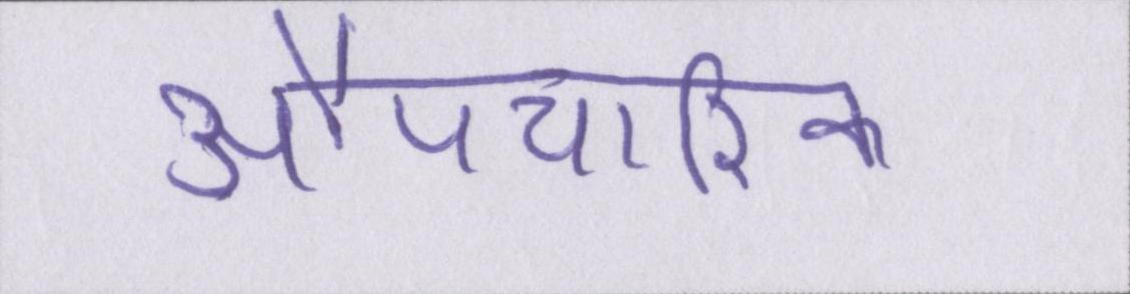
औपचारिक